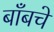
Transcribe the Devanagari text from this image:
बाँबचे